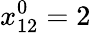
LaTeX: x_{12}^{0}=2